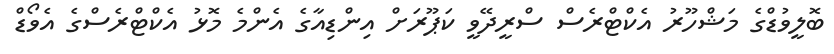
ބޮލީވުޑްގެ މަޝްހޫރު އެކްޓްރެސް ސްރީދޭވީ ކަޕޫރަށް އިންޑިއާގެ އެންމެ މޮޅު އެކްޓްރެސްގެ އެވޯޑް